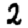
Digit: 2